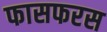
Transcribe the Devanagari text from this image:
फासफरस